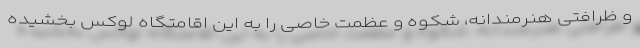
و ظرافتی هنرمندانه، شکوه و عظمت خاصی را به این اقامتگاه لوکس بخشیده